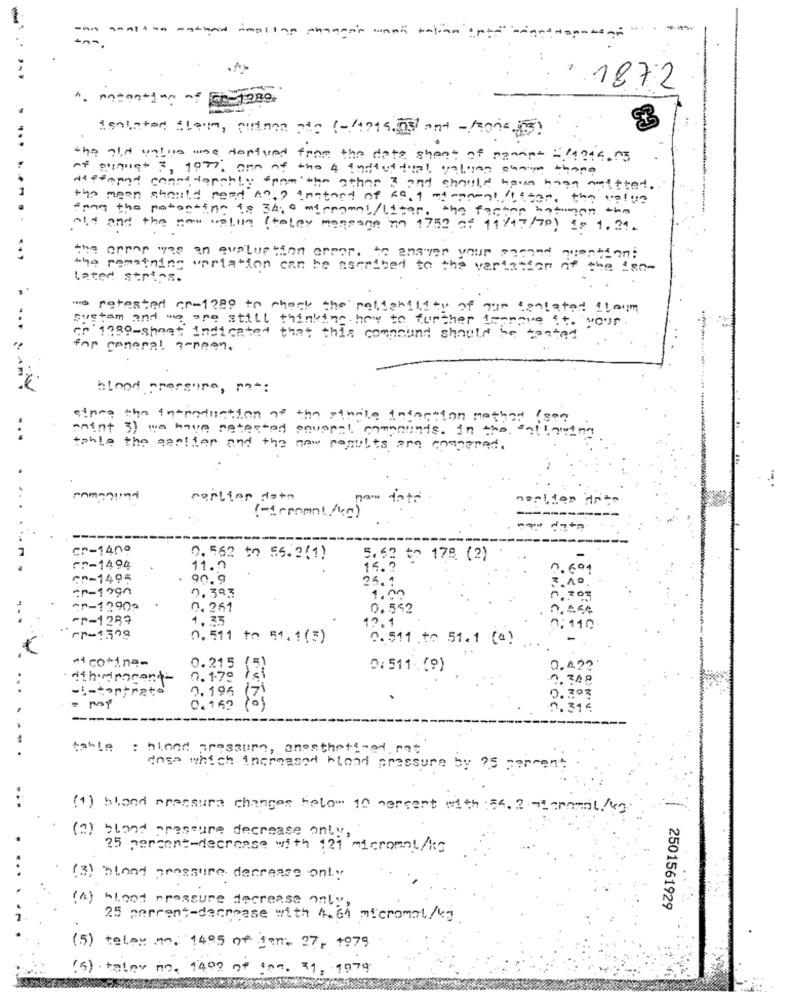
Ampliae change's want tatian :pt"
1872
potention of
isolated floum, quince pte (-/1215.03 ant -/2006-55)
...
the old value use derived from the date sheet of rammet =(1996 r3
of siinligt 3, 1977, one of the 4 individual, value chain thana
wittmund considerably from the other 3 and should have haga anettet.
the mean should need An ,? instant of 69. 1 mtermal Liter, the value
tony the potonting to 34, a merrymal/ liter, the factor batman the
. .
old and the new uplun (teley megroge m 1752 of 11/47/79) is 1.21.
the opper was an evaluation error. to answer your popped queation:
the remaining vpriation can be nscribed to the variation of the iso-
Later strips.
weretested er-1280 to check the reliability of the tentated floum
gustem and we are still thinking how to further trarave it. your
en 1989-sheet indicated that this compound should be tested
for general screen ..
blood pressure, pat:
since the introduction at the strale Infection method ( see
mint 3) we have netected several comanunts. In the salineing
tahle the perifer and the new results are compared.
earlier data
otr
...
(micromat./kg)
cr-1400
0. 562 to 55.2(1)
5.62 to 179 (2)
Fr-1494
11.0
n.
CP-1495
90 9
-- 1790
0.383
1.0
Ar-12902
0.261
0.542
Fr-1289
1,35
12.1
:410
rr-1308
0.511 th 51.1(3)
0.511 to 51.1 (4)
11 cotine-
0.215 (5)
0:511 (9)
0.422
dihondmoment-
0.175
-5-tortrats
0.196
2 .
0.162
----
-------
table : hined pressure, anesthetired rat
dose which increased blood pressure by ?5 percent
(1) blood pressure changes below 10 percent with : 54. 2 m2 -romail/kg
(2) blood pressure decrease only,
25 percent-decrease with 121 micromat/kg
(3) blood pressure decrease only
( A) blood pressure decrease only,
2501561929
25 percent-decrease with 4.64 micromal/kj.
(5) telav m. 1495 of jan. 27, 1979
(5) . teley no. 1400 0* 109. 31, 9979